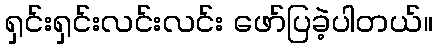
ရှင်းရှင်းလင်းလင်း ဖော်ပြခဲ့ပါတယ်။